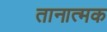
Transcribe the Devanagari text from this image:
तानात्मक